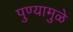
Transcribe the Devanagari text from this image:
पुण्यामुळे